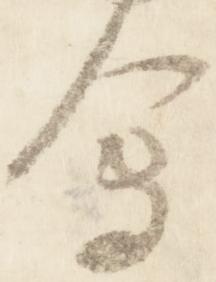
会